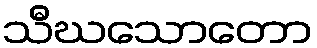
သီဃသောတော